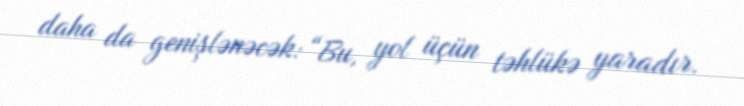
daha da genişlənəcək: “Bu, yol üçün təhlükə yaradır.